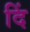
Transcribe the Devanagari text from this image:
दिं